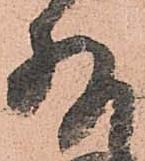
存